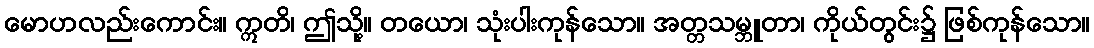
မောဟလည်းကောင်း။ ဣတိ၊ ဤသို့။ တယော၊ သုံးပါးကုန်သော။ အတ္တသမ္ဘူတာ၊ ကိုယ်တွင်း၌ ဖြစ်ကုန်သော။